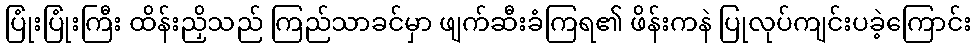
ပြုံးပြုံးကြီး ထိန်းညှိသည် ကြည်သာခင်မှာ ဖျက်ဆီးခံကြရ၏ ဖိန်းကနဲ ပြုလုပ်ကျင်းပခဲ့ကြောင်း